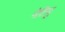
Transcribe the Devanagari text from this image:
मेतियु